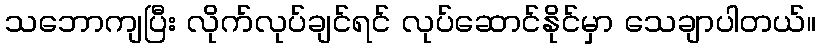
သဘောကျပြီး လိုက်လုပ်ချင်ရင် လုပ်ဆောင်နိုင်မှာ သေချာပါတယ်။